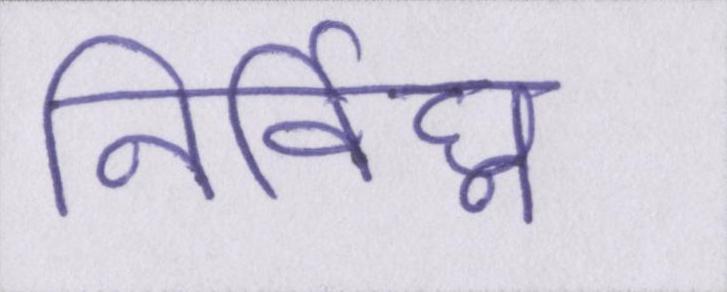
निर्विघ्न